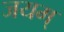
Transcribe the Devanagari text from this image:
जयम्